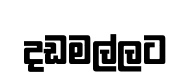
දඩමල්ලට